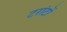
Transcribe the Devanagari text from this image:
टरांटों